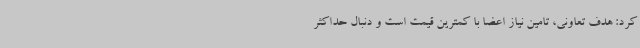
کرد: هدف تعاونی، تامین نیاز اعضا با کمترین قیمت است و دنبال حداکثر